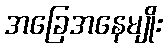
အခြေအနေမျိုး